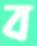
ব